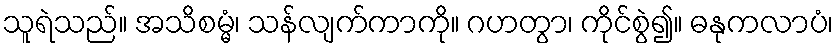
သူရဲသည်။ အသိစမ္မံ၊ သန်လျက်ကာကို။ ဂဟတွာ၊ ကိုင်စွဲ၍။ ဓနုကလာပံ၊